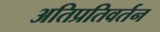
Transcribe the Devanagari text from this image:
अतिप्रतिवर्तन